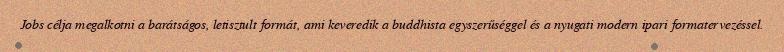
Jobs célja megalkotni a barátságos, letisztult formát, ami keveredik a buddhista egyszerűséggel és a nyugati modern ipari formatervezéssel.